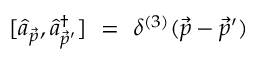
[ \hat { a } _ { \vec { p } } , \hat { a } _ { \vec { p } ^ { \prime } } ^ { \dag } ] \ = \ \delta ^ { ( 3 ) } ( \vec { p } - \vec { p } ^ { \prime } )